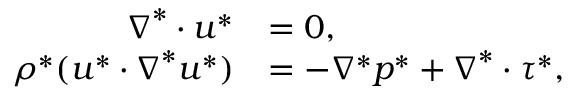
\begin{array} { r l } { \boldsymbol { \nabla } ^ { * } \boldsymbol { \cdot } \boldsymbol { u } ^ { * } } & { = 0 , } \\ { \rho ^ { * } ( \boldsymbol { u } ^ { * } \boldsymbol { \cdot } \boldsymbol { \nabla } ^ { * } \boldsymbol { u } ^ { * } ) } & { = - \nabla ^ { * } p ^ { * } + \boldsymbol { \nabla } ^ { * } \boldsymbol { \cdot } \boldsymbol { \tau } ^ { * } , } \end{array}